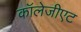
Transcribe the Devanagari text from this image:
कॉलेजीएट